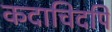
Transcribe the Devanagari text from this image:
कदाचिदपि